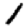
Digit: 1